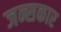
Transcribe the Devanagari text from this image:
जन्सकार